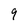
Character: 9